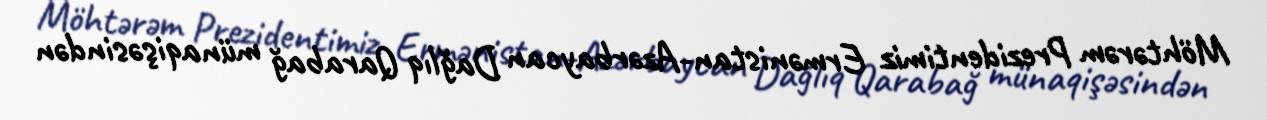
Möhtərəm Prezidentimiz Ermənistan-Azərbaycan Dağlıq Qarabağ münaqişəsindən